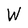
Character: W